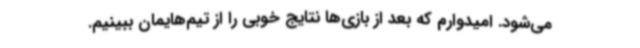
می‌شود. امیدوارم که بعد از بازی‌ها نتایج خوبی را از تیم‌هایمان ببینیم.